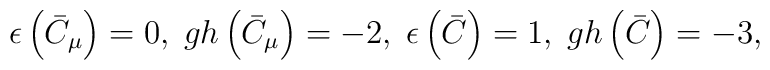
\epsilon \left( \bar{C}_{\mu }\right) =0,\;gh\left( \bar{C}_{\mu }\right)=-2,\;\epsilon \left( \bar{C}\right) =1,\;gh\left( \bar{C}\right) =-3,